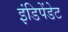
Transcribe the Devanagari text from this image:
इंडिपेंडेट